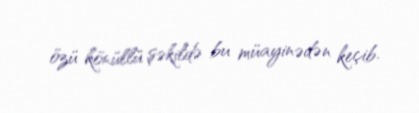
özü könüllü şəkildə bu müayinədən keçib.